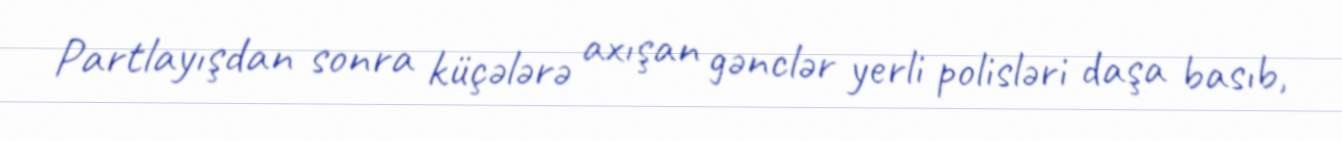
Partlayışdan sonra küçələrə axışan gənclər yerli polisləri daşa basıb,